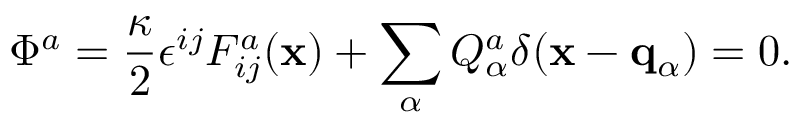
\Phi ^ { a } = { \frac { \kappa } { 2 } } \epsilon ^ { i j } F _ { i j } ^ { a } ( { \bf x } ) + \sum _ { \alpha } Q _ { \alpha } ^ { a } \delta ( { \bf x } - { \bf q } _ { \alpha } ) = 0 .